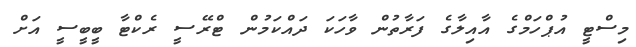
މިސްޓީ އުޕްހަމްގެ އާއިލާގެ ފަރާތުން ވާހަކަ ދައްކަމުން ޓްރޭސީ ރެކްޓާ ބީބީސީ އަށް